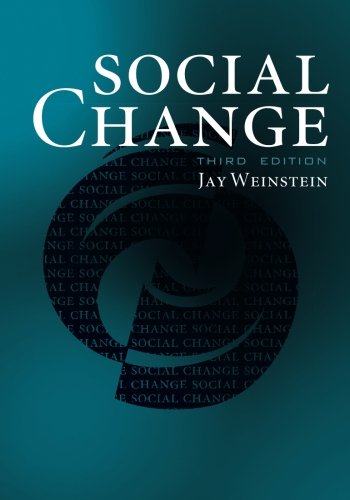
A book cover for Social Change; Jay Weinstein; Politics & Social Sciences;